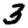
Digit: 3